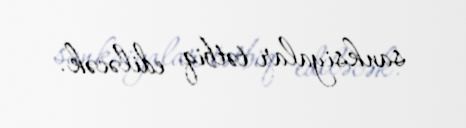
sanksiyalar tətbiq ediləcək.